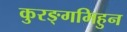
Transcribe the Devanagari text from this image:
कुरङ्गमिहुन